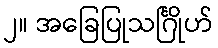
၂။ အခြေပြုသင်္ဂြိုဟ်